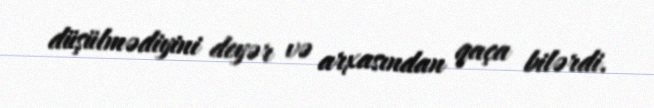
düşülmədiyini deyər və arxasından qaça bilərdi.